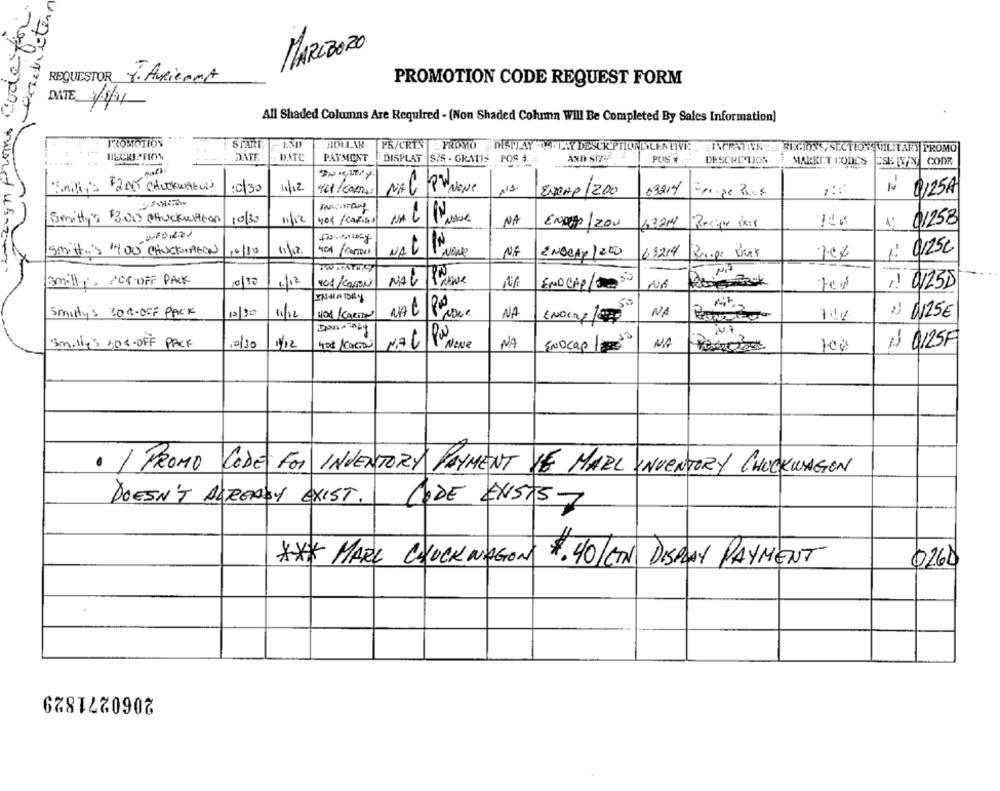
MARC2020
REQUESTOR Y. AuRienet
PROMOTION CODE REQUEST FORM
DATE 3/4/4
All Shaded Columns Are Required - (Non Shaded Column Will Be Completed By Sales Information)
START - ESDD
DOLAR
PR/CRIN
PROMO DISMAY 1.5.1.AY DESCR PTIONINCENTIVES
LINGPATENTE REGIONS, SECTIONSMILITARY PROMO
DATE
DATC
PAYMENT
DISPLAT
SIS . GRATIS POR # #
AND STZ-F
PUS #
DESCRIPTION
MARKET CONCS
USB [V/N CODE
10/30
10/12
YE/CARTA
NA
es
03214
Nº Q125A
Exemp/200
Epope Bas
Smitty's $3.00 PHuckwithon
10/30
11/12
404/ cafins
NA
01258
ENDUp / 200
Recipe Mixer
4: Q1
Smitt.'s '400 CHUCKWAGON
10/10
11/12.
NALIN
NF
ENDeAP /200
63214
1: 01250
23
-
3milli, 208-OFF PACK
10/30
11/12
101KAMEN
END CAP/53
NA
,1 0/25D
ENVIADORY
Smitty's 300-OFF PACK
10/90
11/12
108 /CARTA
NA
NA
) N25€
Smilli's 4DS-OFF PACK
12/10
1/12
408 Acacias
NEL 1º NENe
NA
ENOcap
MA
N $125F
· / PROMO
CODE For INVENTORY PAYMENT VE MARC INVENTORY CHUCKWAGON
DOESN'T ALREADY EXIST .
CODE CX5157
** MARK CHUCK WAGON
02614
4.40/EN DISPLAY PAYMENT
2060271829